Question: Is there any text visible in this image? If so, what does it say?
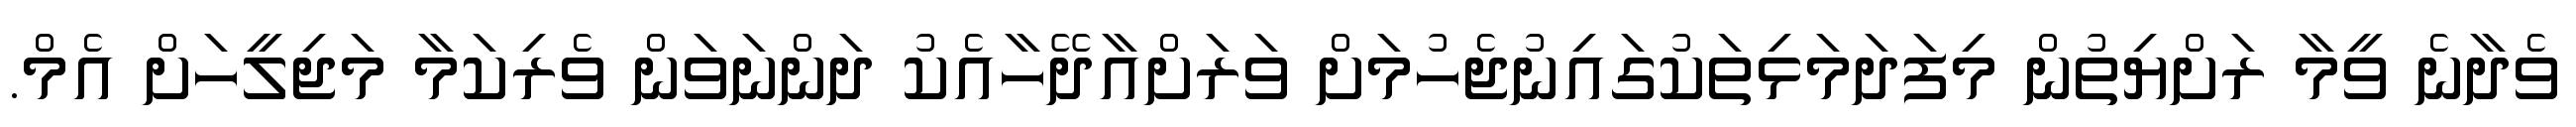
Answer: ވެދާނެ ވީމާ ރަށްޔިތުން މިފަދަމަޅިތަކުގައިނުޖެހުމަށް ވަރަށްއާދޭހާއެކު ދަންނަވަން ވެރިކަމާ މަޖިލީހަށް އެމް.